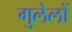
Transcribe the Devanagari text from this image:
गुलेलों